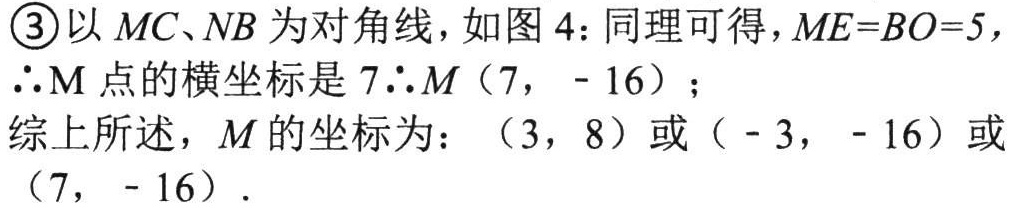
\textcircled{3}以 \(MC\)、\(NB\) 为对角线，如图 4：同理可得，\(ME = BO = 5\)，
\(\therefore M\) 点的横坐标是 \(7\)\(\therefore M(7,\ - 16)\)；
综上所述，\(M\) 的坐标为：\((3,8)\) 或 \(( - 3,\ - 16)\) 或 \((7,\ - 16)\)．